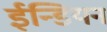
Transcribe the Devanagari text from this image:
ईन्डियन